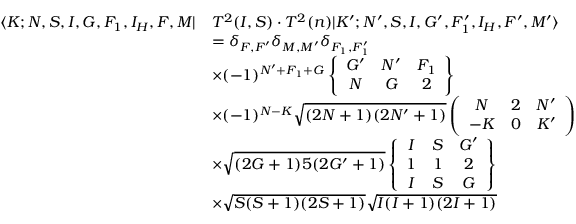
\begin{array} { r l } { \langle K ; N , S , I , G , F _ { 1 } , I _ { H } , F , M | } & { T ^ { 2 } ( I , S ) \cdot T ^ { 2 } ( n ) | K ^ { \prime } ; N ^ { \prime } , S , I , G ^ { \prime } , F _ { 1 } ^ { \prime } , I _ { H } , F ^ { \prime } , M ^ { \prime } \rangle } \\ & { = \delta _ { F , F ^ { \prime } } \delta _ { M , M ^ { \prime } } \delta _ { F _ { 1 } , F _ { 1 } ^ { \prime } } } \\ & { \times ( - 1 ) ^ { N ^ { \prime } + F _ { 1 } + G } \left\{ \begin{array} { c c c } { G ^ { \prime } } & { N ^ { \prime } } & { F _ { 1 } } \\ { N } & { G } & { 2 } \end{array} \right\} } \\ & { \times ( - 1 ) ^ { N - K } \sqrt { ( 2 N + 1 ) ( 2 N ^ { \prime } + 1 ) } \left( \begin{array} { c c c } { N } & { 2 } & { N ^ { \prime } } \\ { - K } & { 0 } & { K ^ { \prime } } \end{array} \right) } \\ & { \times \sqrt { ( 2 G + 1 ) 5 ( 2 G ^ { \prime } + 1 ) } \left\{ \begin{array} { c c c } { I } & { S } & { G ^ { \prime } } \\ { 1 } & { 1 } & { 2 } \\ { I } & { S } & { G } \end{array} \right\} } \\ & { \times \sqrt { S ( S + 1 ) ( 2 S + 1 ) } \sqrt { I ( I + 1 ) ( 2 I + 1 ) } } \end{array}